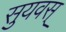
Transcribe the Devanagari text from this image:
सुयवस्